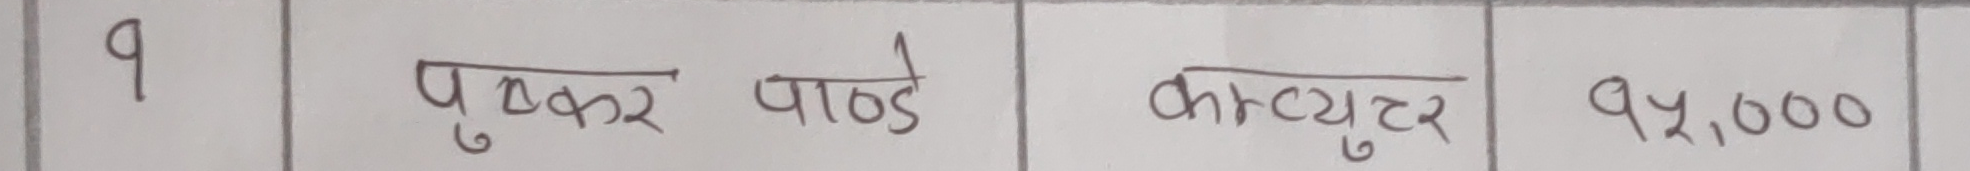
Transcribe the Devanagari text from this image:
पुष्कर पाण्डे कम्प्युटर  १५,०००